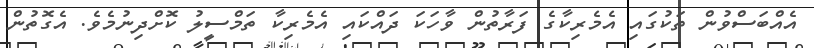
އެއްބަސްވުން ތަކުގައި އެމެރިކާގެ ފަރާތުން ވާހަކަ ދައްކައި އެމެރިކާ ތަމްސީލު ކޮށްދިނުމެވެ. އެގޮތުން